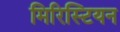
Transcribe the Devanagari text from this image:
मिरिस्टियन